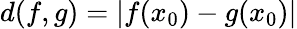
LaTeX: d(f,g)=|f(x_{0})-g(x_{0})|